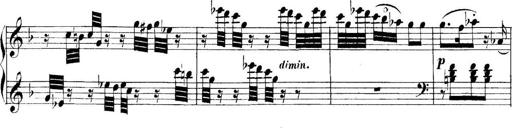
Title: Collected Piano Sonatas
Composer: Muzio Clementi